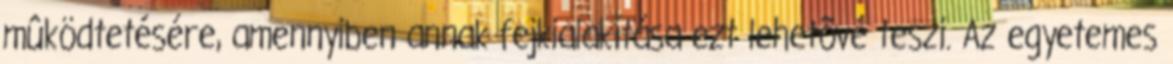
mûködtetésére, amennyiben annak fejkialakítása ezt lehetõvé teszi. Az egyetemes